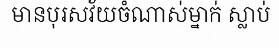
មានបុរសវ័យចំណាស់ម្នាក់ ស្លាប់